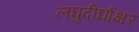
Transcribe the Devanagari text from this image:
लघुदीर्घाक्षर